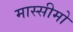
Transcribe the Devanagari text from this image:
मास्सीमो